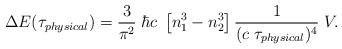
\begin{align*}\Delta E(\tau_{\small physical}) = {3\over\pi^2} \; \hbar c \;\left[ n_1^3 - n_2^3 \right] {1\over( c \; \tau_{\small physical})^4} \; V.\end{align*}